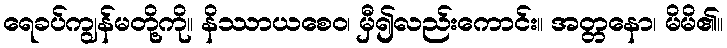
ရေခပ်ကျွန်မတို့ကို။ နိဿာယစေဝ၊ မှီ၍လည်းကောင်း။ အတ္တနော၊ မိမိ၏။